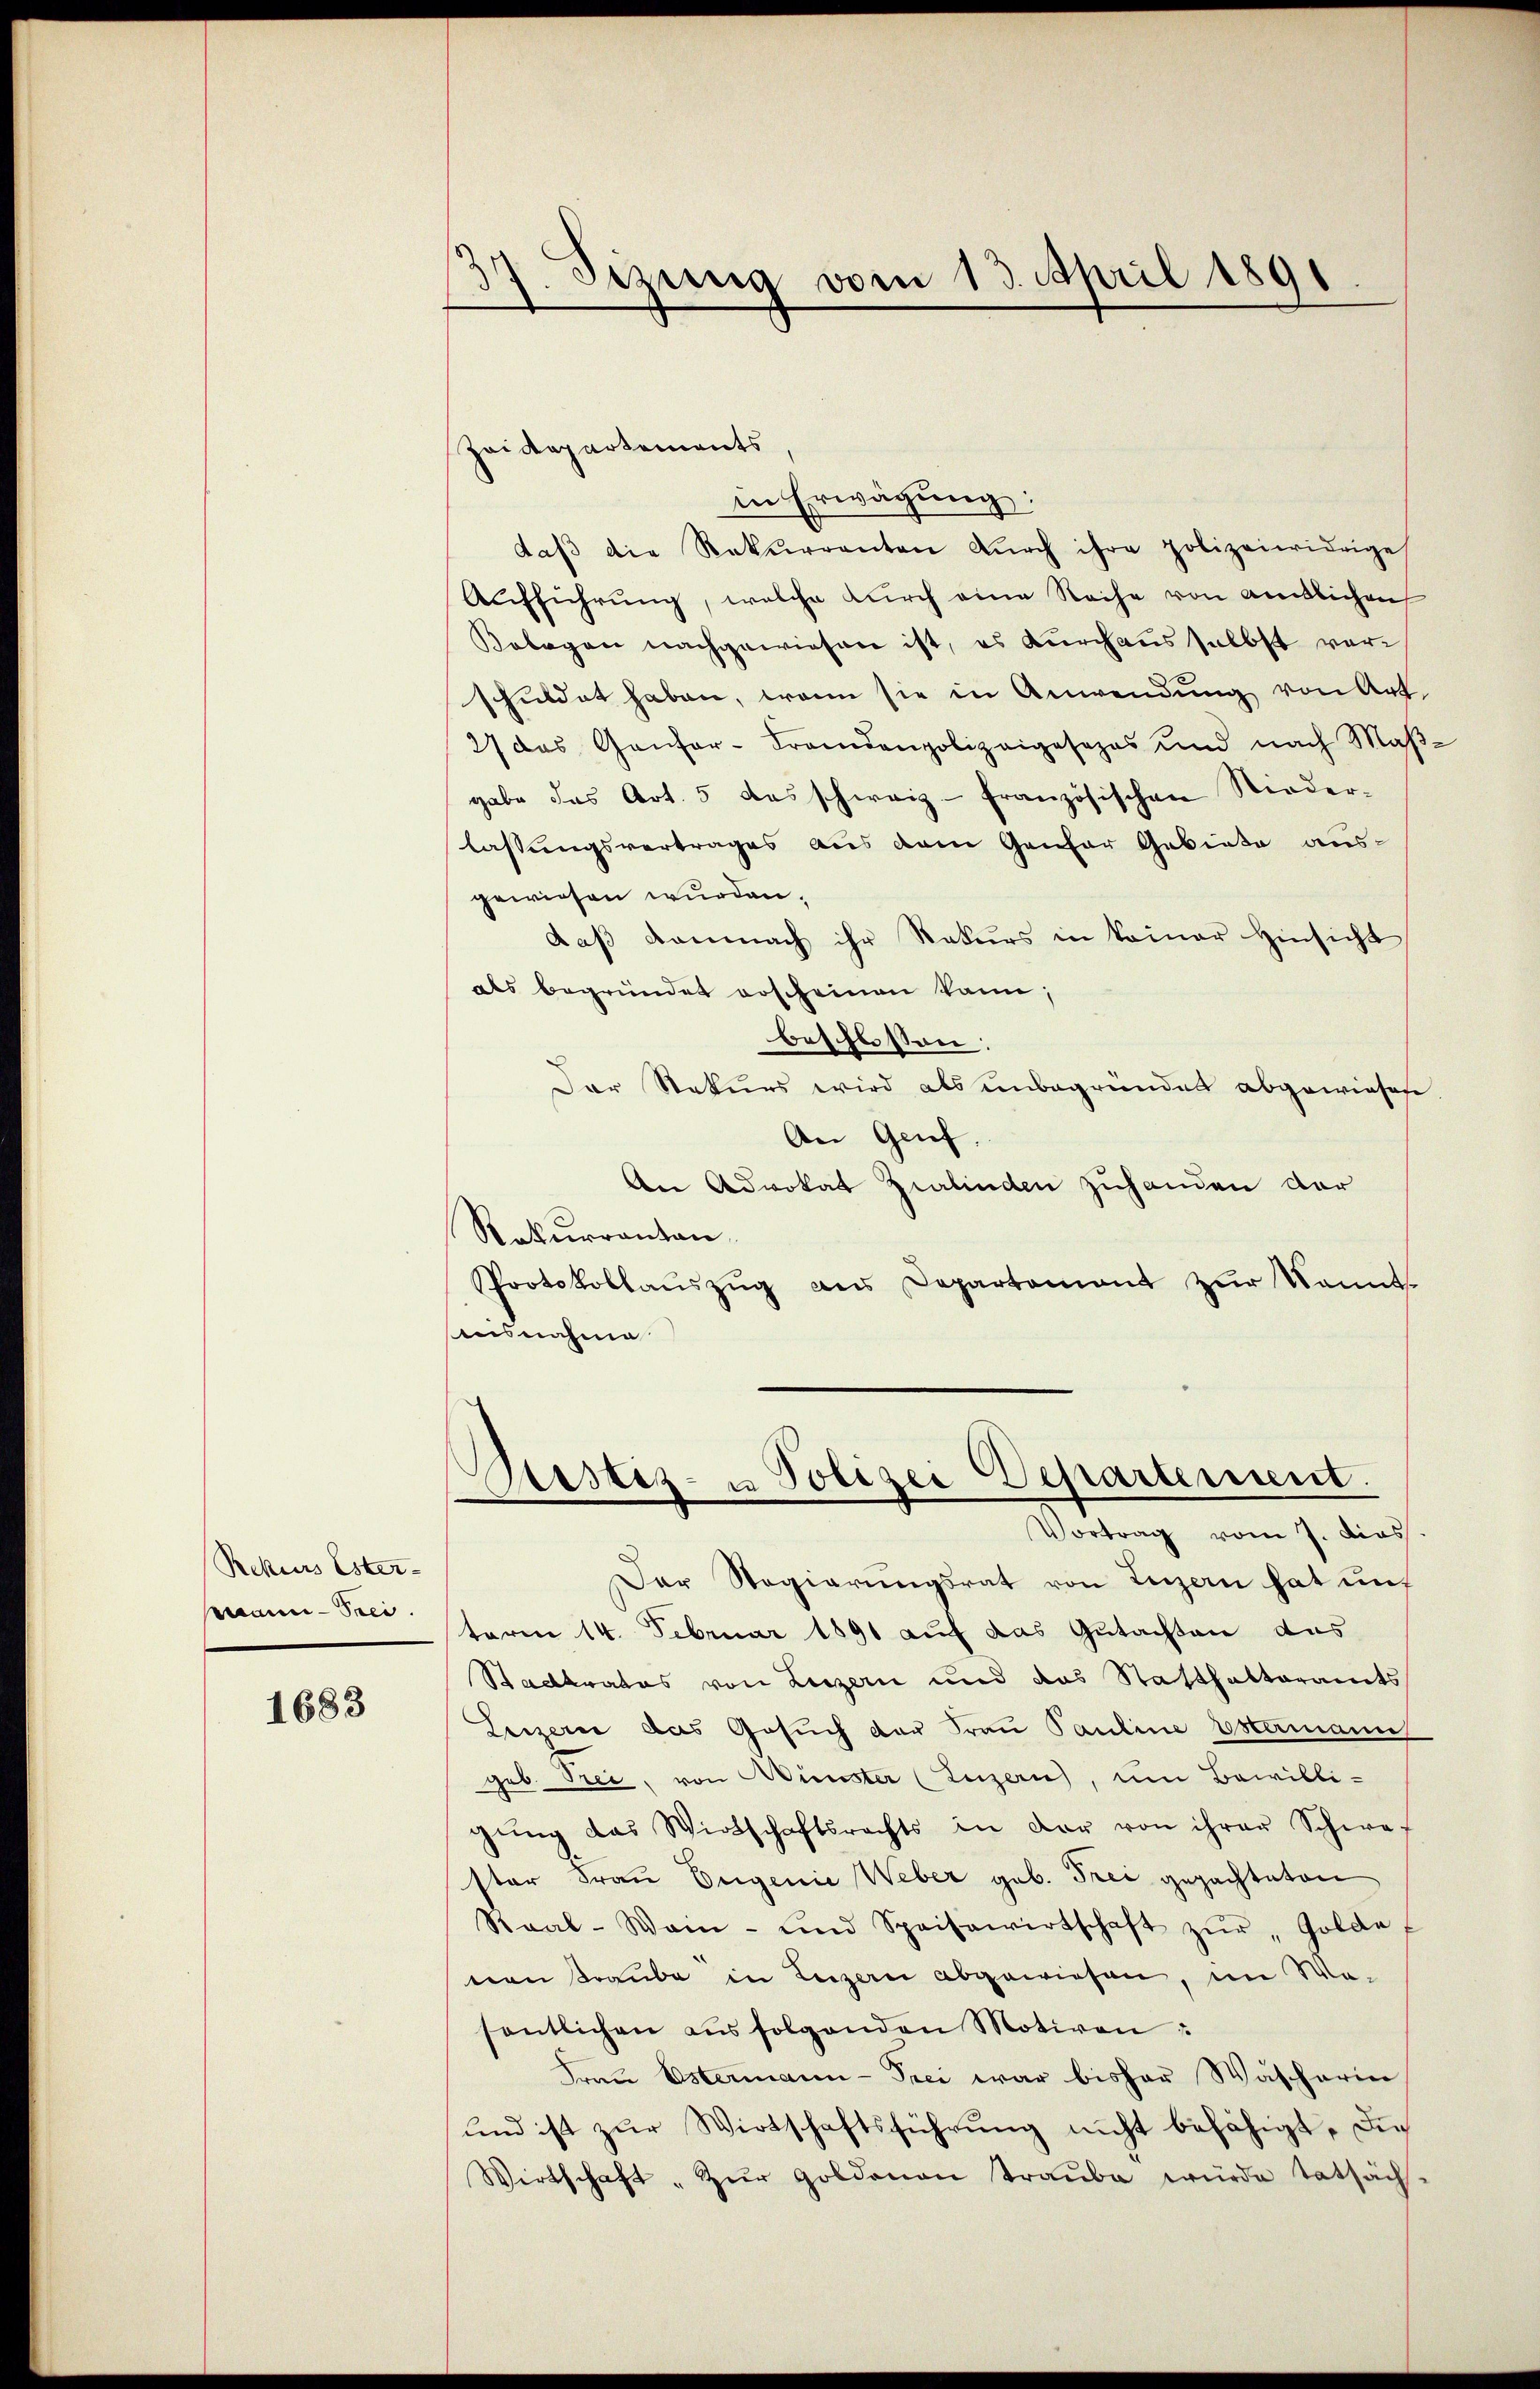
Rekurs Ester-
au-Srei.

1683

3
Sizung vom 13. April 1891

Zoidepartements,
in Erwägung:
daβ die Rekurrenten dŭrch ihre polizeiwidrige
Aufführung, welche durch eine Reihe von amtlichen
Kolegen nachgewiesen ist, es durchaus selbst verschuldet haben, wenn sie in Anwendung von Art.
27 das Ganter-Fremdenpolizeigesezes und nach Maβ-
gabe das Art. 5 das schweiz - französischen Niederlassungsvertrages aus dem Genfer Gebiete ausgewiesen wurden.
daß damnach ihr Rekurs in keiner Hinsicht
als begründet erscheinen kann;
beschlossen:
Der Rekurs wird als unbegründet abgewiesene
An Genf.
An Advokat Zialinden zuhanden der
Rekurrantan.
Protokollaŭszŭg an Departement zŭr kannt
usnahme

Rustiz- u Polizei Departement.
Vortrag vom 7. dies

Der Regierungsrat von Luzern hat und
term 14. Februar 1891 auf das Gutachten das
Stadtrates von Luzern und das Statthalteramts
Luzern das Gesuch der Frau Pauline Estermann
geb. Prei, von Münster (Luzern, um Bewilli-
gŭng das Wirtschaftsrechts in der von ihrer Schwe-
ster Frau Eugenie Weber geb. Frei gepachteten
Raal-Wain- und Speisewirtschaft zŭr Golde,
von Traube in Luzern abgewiesen, im Wesentlichen aus folgenden Motiven
Frau Ostermann-Frei war bisher Wascharin
und ist zur Wirtschaftsführung nicht befähigt, die
Wirtschaft „Zŭr Goldenen Traŭbe würde tatsäch-